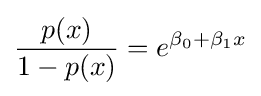
{\frac {p(x)}{1-p(x)}}=e^{\beta _{0}+\beta _{1}x}